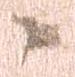
々